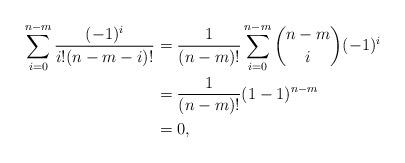
LaTeX: \begin{align*} \sum_{i=0}^{n-m}\frac{(-1)^i}{i!(n-m-i)!}&=\frac{1}{(n-m)!}\sum_{i=0}^{n-m}\binom{n-m}{i}(-1)^i\\&=\frac{1}{(n-m)!}(1-1)^{n-m}\\&=0,\end{align*}